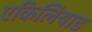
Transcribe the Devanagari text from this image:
एकिलियाड